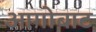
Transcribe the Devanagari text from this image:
आगोबाट